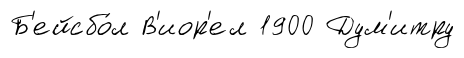
Б'ейсбо́л В'иор'ел 1900 Дум'итру